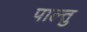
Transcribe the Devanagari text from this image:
पाल्तु